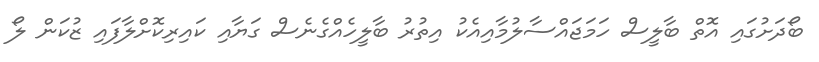
ބޯދަށުގައި އޮތް ބާލީސް ހަމަޖައްސާލުމާއިއެކު އިތުރު ބާލީހެއްގެނެސް ގަޔާއި ކައިރިކޮށްލާފައި ޒުކަން ލޯ